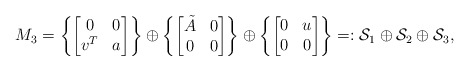
\begin{align*}M_3 = \left\{ \begin{bmatrix} 0 & 0 \\ v^T & a \end{bmatrix} \right\} \oplus \left\{ \begin{bmatrix} \tilde{A} & 0 \\ 0 & 0 \end{bmatrix}\right\} \oplus \left\{ \begin{bmatrix} 0 & u \\ 0 & 0\end{bmatrix}\right\}=: \mathcal{S}_1 \oplus \mathcal{S}_2 \oplus \mathcal{S}_3,\end{align*}